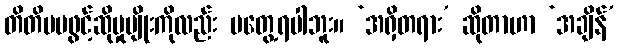
တိတိပပဖွင့်ဆိုမှုမျိုးကိုလည်း မတွေ့ရပါဘူး။ ‘အရှိတရား’ ဆိုတာဟာ ‘အချိန်’